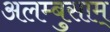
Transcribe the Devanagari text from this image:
अलम्बुसाम्